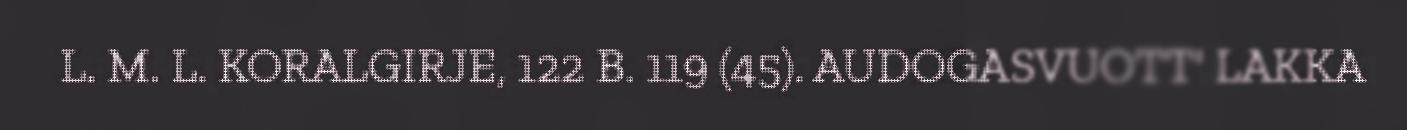
L. M. L. KORALGIRJE, 122 B. 119 (45). AUDOGASVUOTT' LAKKA